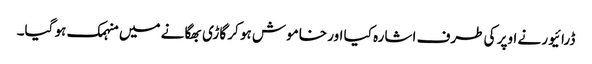
ڈرائیور نے اوپر کی طرف اشارہ کیا اور خاموش ہو کر گاڑی بھگانے میں منہمک ہو گیا۔